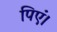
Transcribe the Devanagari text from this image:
पिएं।